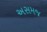
અસમજ